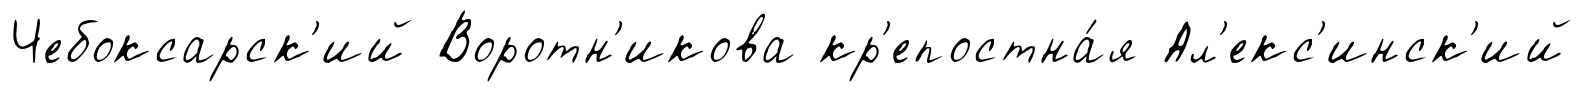
Чебоксарск'ий Воротн'икова кр'епостна́я Ал'екс'инск'ий